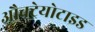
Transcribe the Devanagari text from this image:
औक्ट्रेयोटाइड